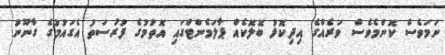
ނަމަވެސް ކޮންމެވެސް ވަރެއްގެ އިދިކޮޅު ބޮލޮކެއް ޕާލަމެންޓްގައި އޮތުމުގެ ފުރުސަތު އެގައުމުގެ ގާނޫނު